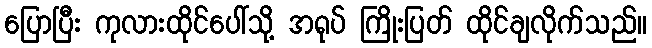
ပြောပြီး ကုလားထိုင်ပေါ်သို့ အရုပ် ကြိုးပြတ် ထိုင်ချလိုက်သည်။